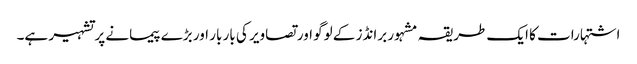
اشتہارات کا ایک طریقہ مشہور برانڈز کے لوگو اور تصاویر کی بار بار اور بڑے پیمانے پر تشہیر ہے۔